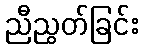
ညီညွတ်ခြင်း